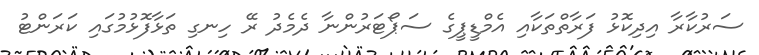
ސަރުކާރާ އިދިކޮޅު ފަރާތްތަކާއި އެމްޑީޕީގެ ސަޕޯޓަރުންނާ ދެމެދު ރޭ ހިނގި ތަޅާފޮޅުމުގައި ކަރަންޓު